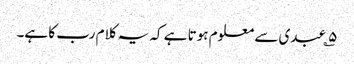
۵؎ عبدی سے معلوم ہوتا ہے کہ یہ کلام رب کا ہے۔